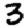
Digit: 3